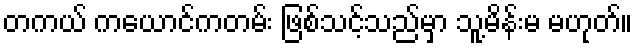
တကယ် ကယောင်ကတမ်း ဖြစ်သင့်သည်မှာ သူ့မိန်းမ မဟုတ်။